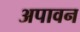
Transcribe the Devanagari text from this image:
अपावन